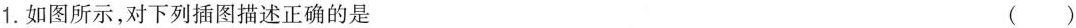
1.如图所示，对下列插图描述正确的是 ()